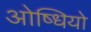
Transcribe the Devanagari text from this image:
ओष्धियो